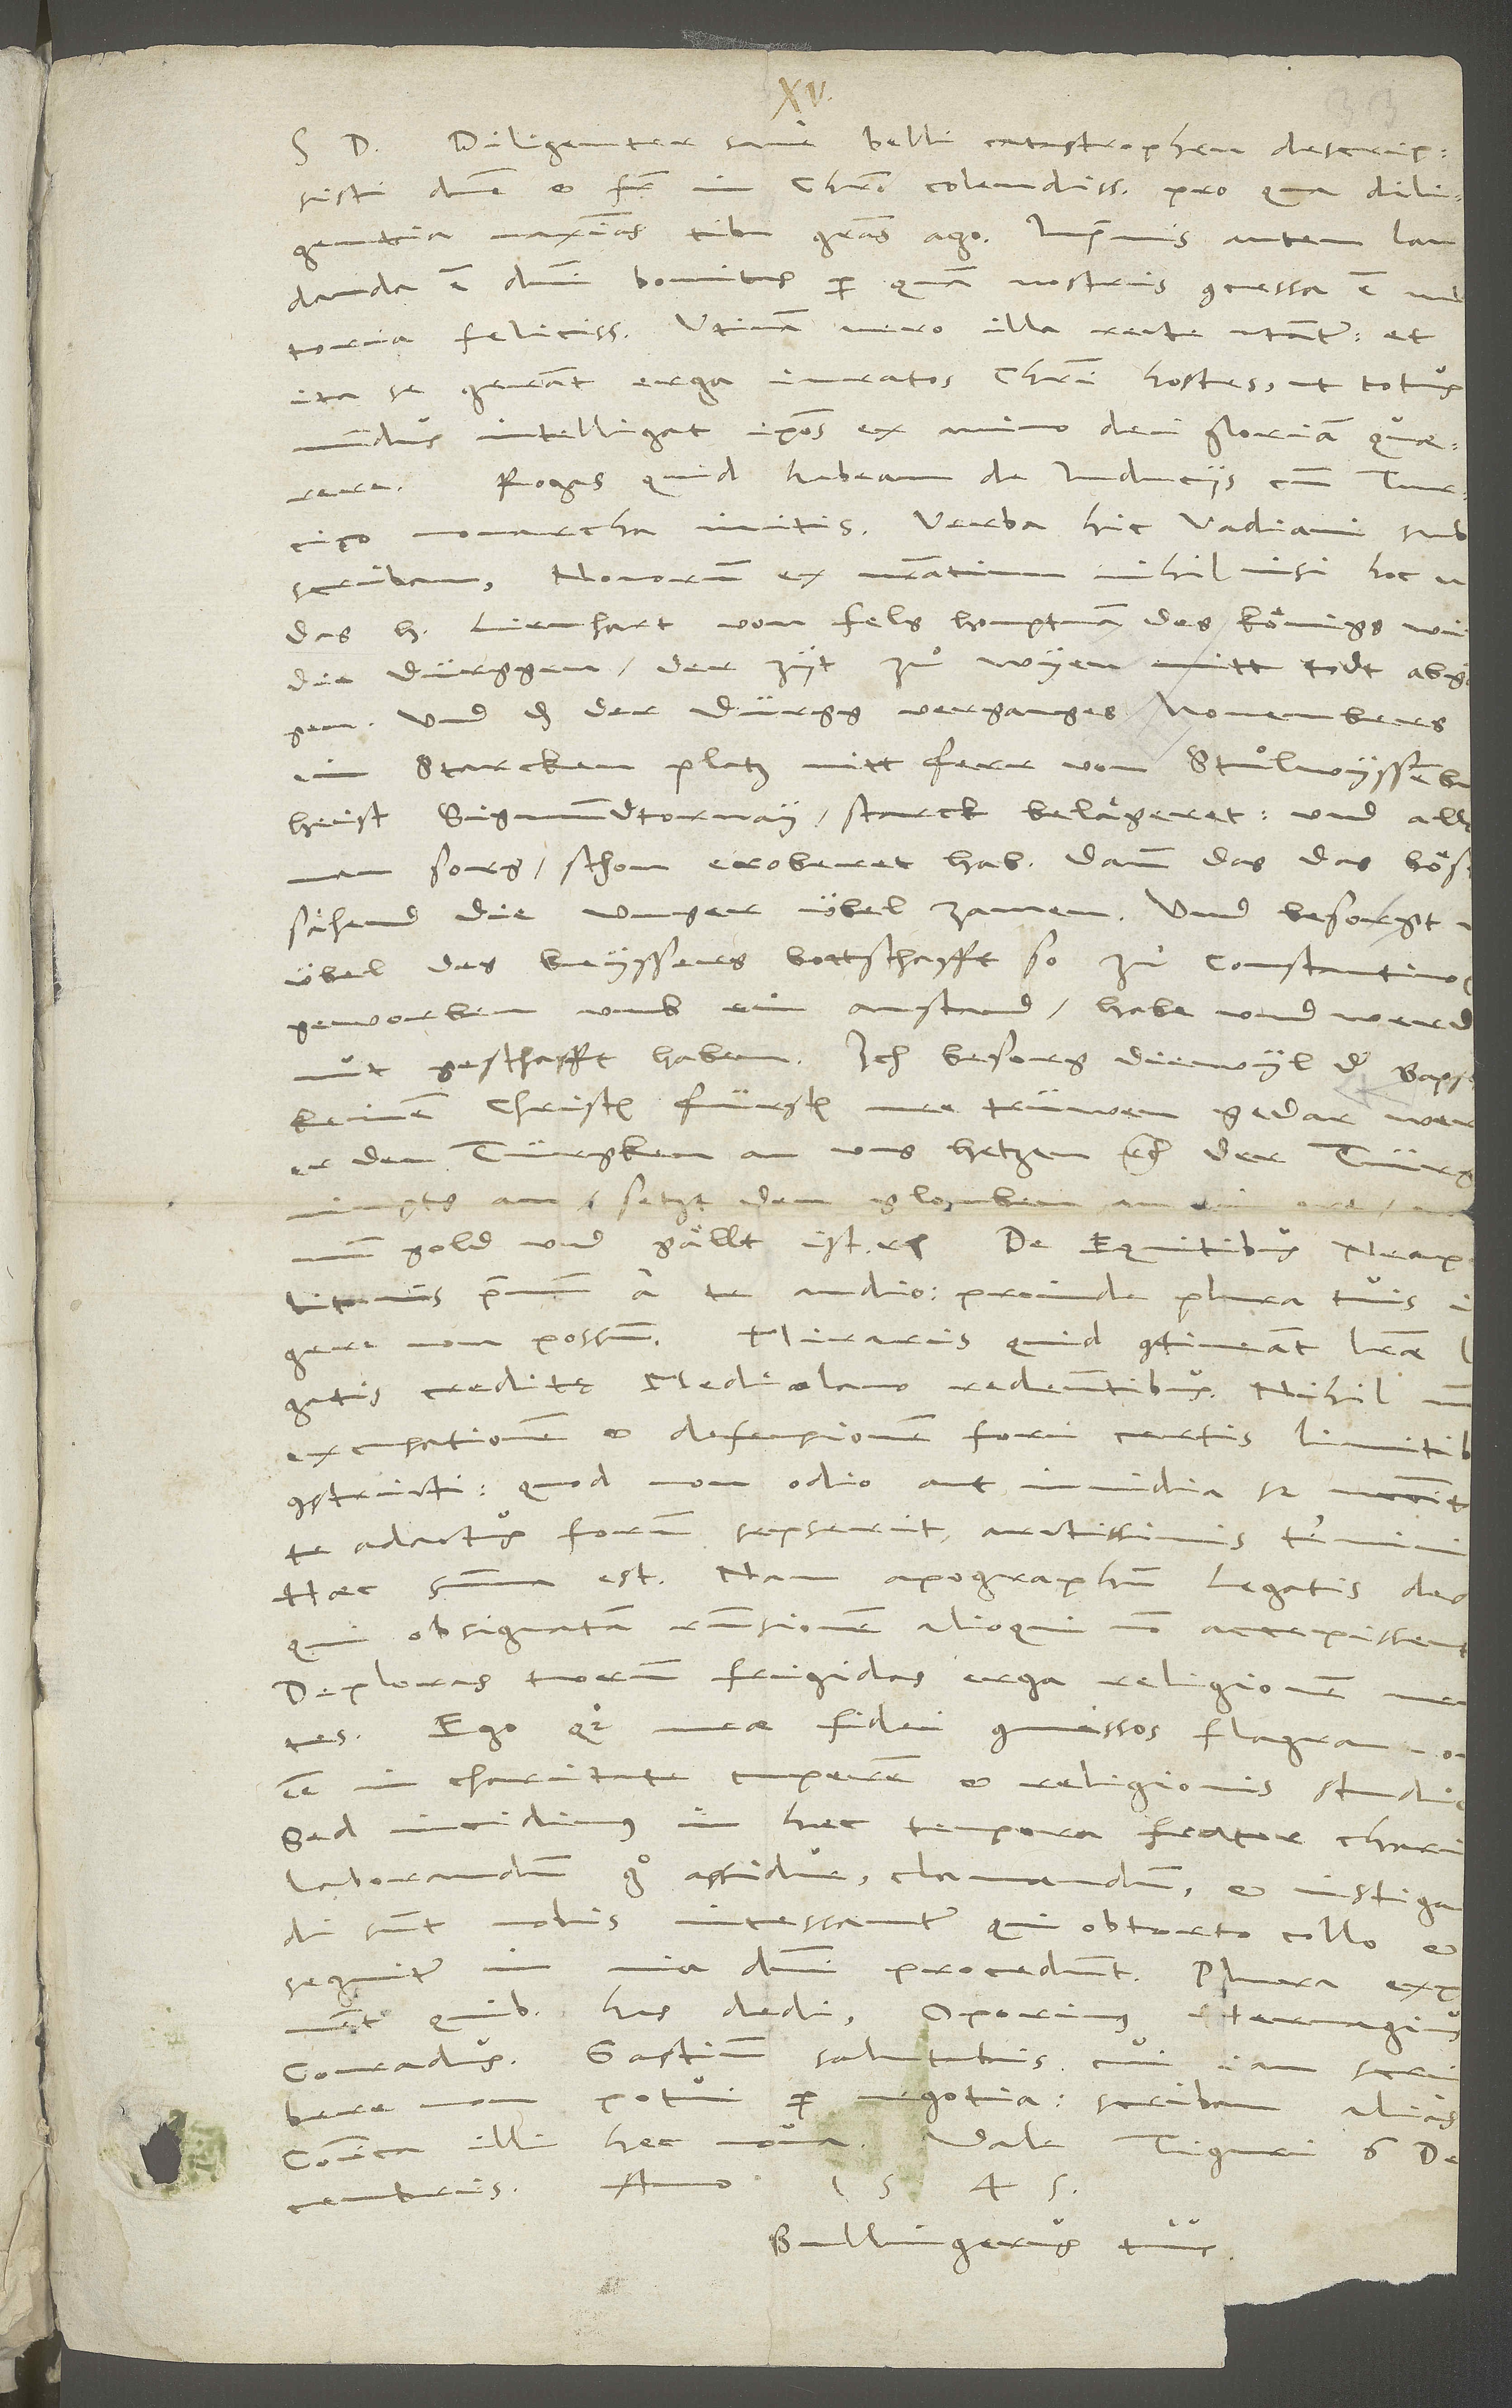
Diligenter sane belli catastrophen descripsisti,
domine et frater in Christo colendissime, pro qua diligentia
laudanda est domini bonitas, per quam nostris concessa est
felicissima. Utinam vero illa recte utantur, et
ita se gerant erga iuratos Christi hostes, ut totus
mundus intelligat ipsos ex animo dei gloriam quaerere!
Rogas, quid habeam de induciis cum Turcico
monarcha initis: Verba hic Vadiani
subscribam: Novorum ex nostratium nihil nisi hoc u
qui obsignatam responsionem alioqui non accepissent.
Deploras tuorum frigidas erga religionem
sunt nobis incessanter, qui obtorto collo et
quibus has dedi, Oporinus, Hervagius,
Conradus. Gastium
salutabis, cui iam scribere
potui per negotia. Scribam alias.
Vale. Tiguri, 6. decembris
Communica illi hec
1545.
Bullingerus tuus.